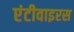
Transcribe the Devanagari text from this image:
एंटीवाइरस